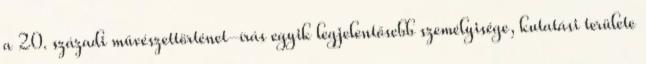
a 20. századi művészettörténet-írás egyik legjelentősebb személyisége, kutatási területe